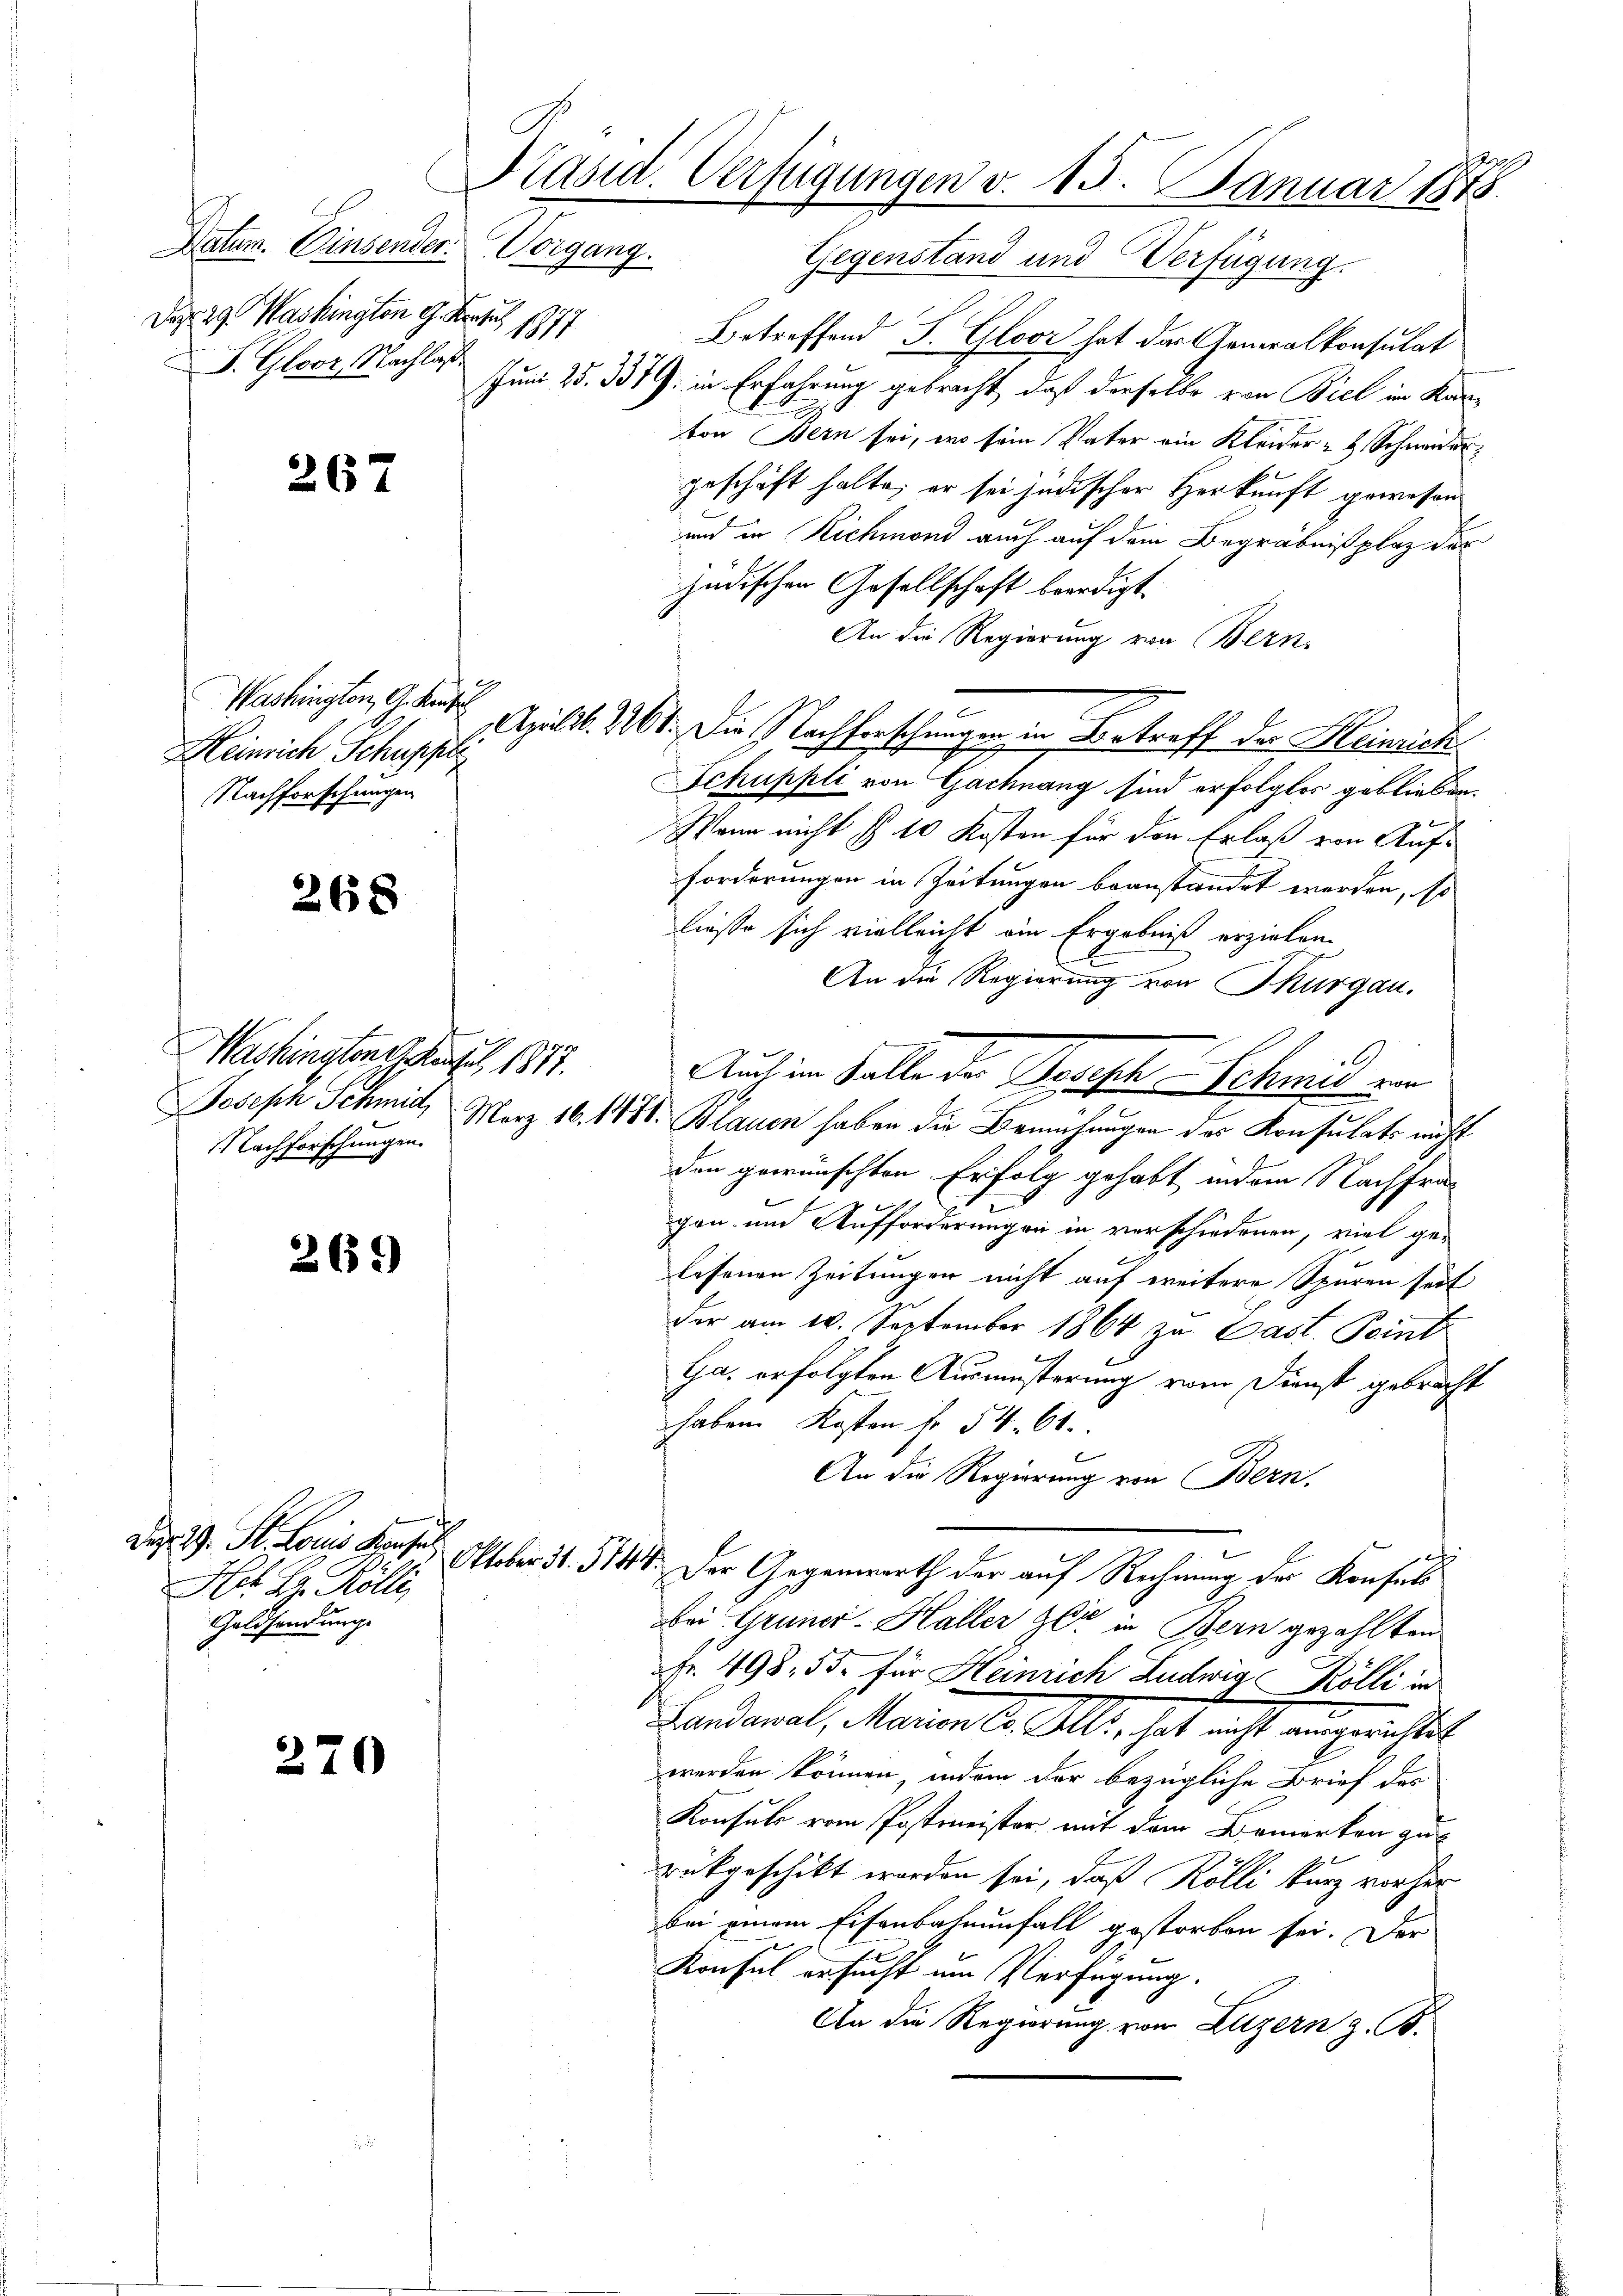
Da 29. Washington 9. Bertus 1877
F. Gloor, Nachlaß

267

17
Washington, G. Kaufe
Heinrich Schuppie
Nachforschungen

268

Washingten des 1817.
Nachforschungen.

269

Den 29. St. Louis Konsul
Het Hr. Rölli
Geldsendung.

270

Präsid. Verfügungen v. 15. Januar 1875.
Datum. Einsender Vorgang. Gegenstand und Verfügung

Betreffend J. Gloor hat der Generalkonsulat
Jum 25. 3379. in Erfahrung gebracht, daß derselbe von Biel im Kanton Bern sei, wo sein Vater ein Kleider Schneider
geschäft halte; er sei jüdischer Herkunft gewesen
und in Richmond auch auf dem Begräbnißplaz der
jüdischen Gesellschaft beerdigt.
An die Regierung von Bern,
.
Schuppli von Gachnang sind erfolgter geblieben.
Wann nicht § 10 Kosten für den Erlaß von Auf-
Forderungen in Zeitungen beanstandet werden, so
ließe sich vielleicht ein Ergebniß erzielen.
An die Regierung von Thurgau.
Joseph Schmid, März 16. 1888. Blauen haben die Bemühungen der Konsulats nicht
den gewünschten Erfolg gehabt indem Nachfra-
gen und Aufforderungen in verschiedenen, viel ge-
lesenen Zeitungen nicht auf weitere Spuren seit
der am 10. September 1864 zu Last. Point
Ga. erfolgten Ausmüsterung vom Dienst gebracht
haben Kosten fr. 54. 61.
An die Regierung von Bern.
Oktober d. 1144. Der Gegenwarth der auf Rechnung der Konsuls
bei Gruner-Haller zer in Bern gezahlten
Fr. 498. 55. für Heinrich Ludwig Kölli in
Landamal, Marien Co. Alle, hat nicht ausgerichtet
werden können, indem der bezügliche Brief des
Konsuls vom Postmeister mit dem Bemerken zu
rükgeschickt worden sei, daß Kölli kurz vorher
bei einem Eisenbahnenfall gestorben sei. Der
Konsul ersucht um Verfügung.
An die Regierung von Luzern z. B.

Apulib. 261. Die Nachforschungen in Betreff der Heinrich

Auch im Falle der Baueste Schmid ein